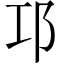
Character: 邛